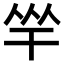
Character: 𢆑